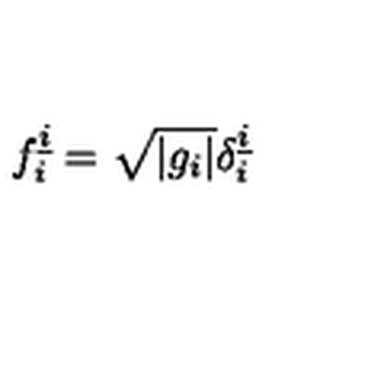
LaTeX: f _ { i } ^ { \underline { { i } } } = \sqrt { \left| g _ { i } \right| } \delta _ { i } ^ { \underline { { i } } }